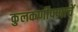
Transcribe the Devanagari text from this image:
कुलकर्णीपणाचें